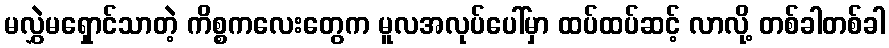
မလွှဲမရှောင်သာတဲ့ ကိစ္စကလေးတွေက မူလအလုပ်ပေါ်မှာ ထပ်ထပ်ဆင့် လာလို့ တစ်ခါတစ်ခါ